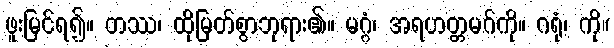
ဖူးမြင်ရ၍။ တဿ၊ ထိုမြတ်စွာဘုရား၏။ မဂ္ဂံ၊ အရဟတ္တမဂ်ကို။ ဂရုံ၊ ကို။